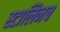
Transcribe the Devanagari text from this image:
स्टालिनच